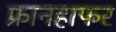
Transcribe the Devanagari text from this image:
फ्रानहाफर